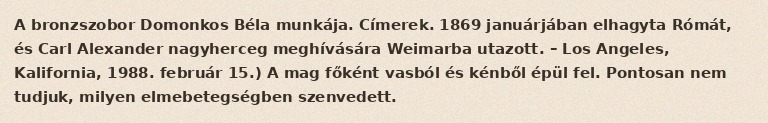
A bronzszobor Domonkos Béla munkája. Címerek. 1869 januárjában elhagyta Rómát, és Carl Alexander nagyherceg meghívására Weimarba utazott. – Los Angeles, Kalifornia, 1988. február 15.) A mag főként vasból és kénből épül fel. Pontosan nem tudjuk, milyen elmebetegségben szenvedett.